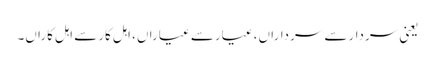
یعنی سردارسے سرداراں، عیارسے عیاراں، اہل کارسے اہل کاراں۔